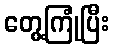
တွေ့ကြုံပြီး